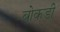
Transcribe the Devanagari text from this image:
बोकडी